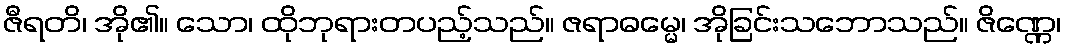
ဇီရတိ၊ အို၏။ သော၊ ထိုဘုရားတပည့်သည်။ ဇရာဓမ္မေ၊ အိုခြင်းသဘောသည်။ ဇိဏ္ဏေ၊